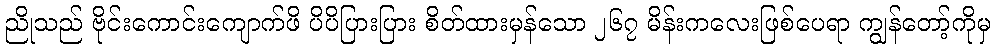
ညိုသည် ဗိုင်းကောင်းကျောက်ဖိ ပိပိပြားပြား စိတ်ထားမှန်သော ၂၆၇ မိန်းကလေးဖြစ်ပေရာ ကျွန်တော့်ကိုမှ